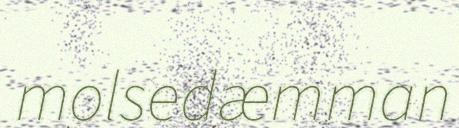
molsedæmman